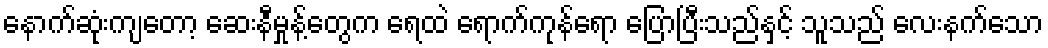
နောက်ဆုံးကျတော့ ဆေးနီမှုန့်တွေက ရေထဲ ရောက်ကုန်ရော ပြောပြီးသည်နှင့် သူသည် လေးနက်သော